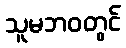
သူမဘဝတွင်